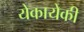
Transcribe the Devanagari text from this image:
येकायेकी